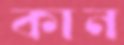
কান